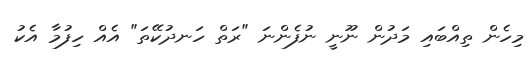
މިހެން ތިއްބައި މަދުން ނޫނީ ނުފެންނަ "ރަތް ހަނދުކޭތަ" އެއް ހިފުމާ އެކު